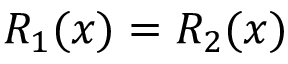
R _ { 1 } ( x ) = R _ { 2 } ( x )